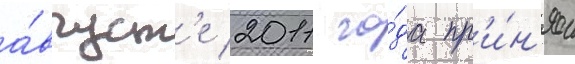
а́вгуст'е 2011 го́да пр'и́н'ял